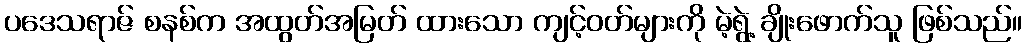
ပဒေသရာဇ် စနစ်က အထွတ်အမြတ် ထားသော ကျင့်ဝတ်များကို မဲ့ရွဲ့ ချိုးဖောက်သူ ဖြစ်သည်။